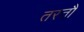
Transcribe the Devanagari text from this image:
तरतौ